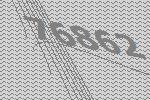
76862